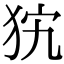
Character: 𤝨